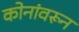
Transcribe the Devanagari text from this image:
कोनांवरून